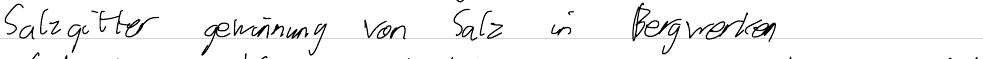
Salzgitter gewinnung von Salz in Bergwerken